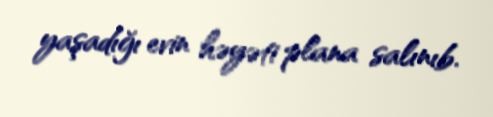
yaşadığı evin həyəti plana salınıb.